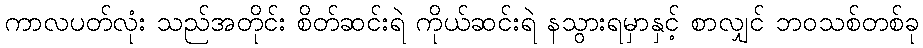
ကာလပတ်လုံး သည်အတိုင်း စိတ်ဆင်းရဲ ကိုယ်ဆင်းရဲ နသွားရမှာနှင့် စာလျှင် ဘဝသစ်တစ်ခု